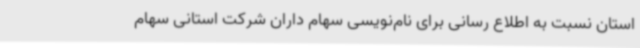
استان نسبت به اطلاع رسانی برای نام‌نویسی سهام داران شرکت استانی سهام